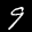
Label: 9